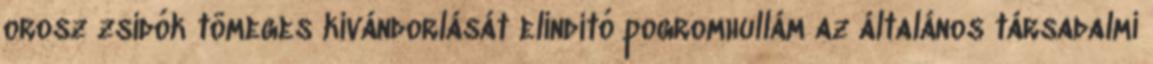
orosz zsidók tömeges kivándorlását elindító pogromhullám az általános társadalmi